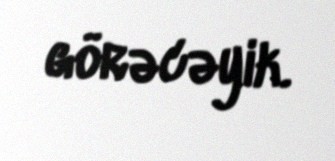
görəcəyik.